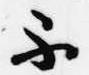
不